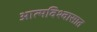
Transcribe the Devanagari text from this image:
आत्मविश्वासात